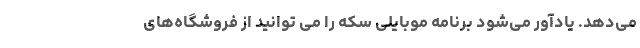
می‌دهد. یادآور می‌شود برنامه موبایلی سکه را می توانید از فروشگاه‌های